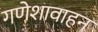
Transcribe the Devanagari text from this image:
गणेशावाहन